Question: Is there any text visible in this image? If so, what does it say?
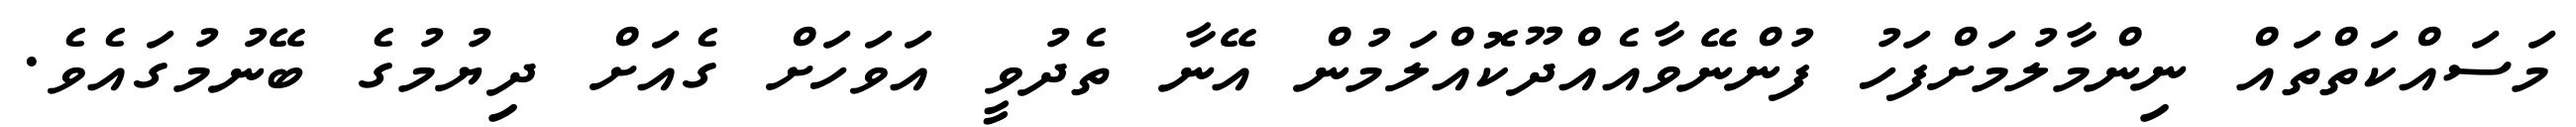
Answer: މަސައްކަތްތައް ނިންމާލުމަށްފަހު ފުންނޭވާއެއްދޫކޮއްލަމުން އޭނާ ތެދުވީ އަވަހަށް ގެއަށް ދިޔުމުގެ ބޭނުމުގައެވެ.